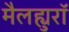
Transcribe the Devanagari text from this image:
मैलह्युरॉ